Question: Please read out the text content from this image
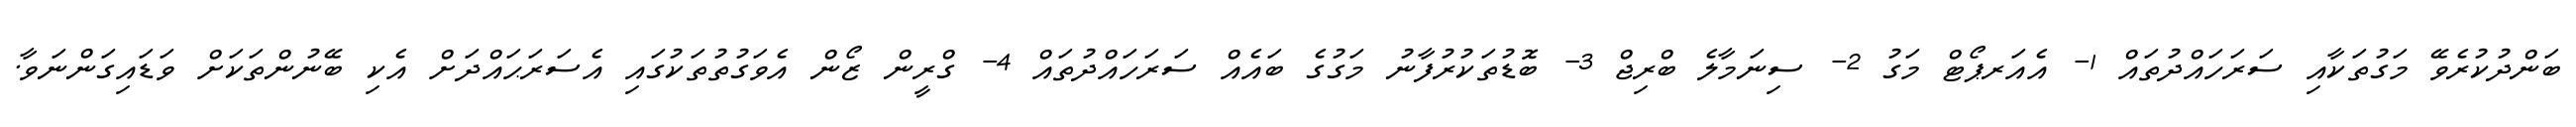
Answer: ބަންދުކުރެވޭ މަގުތަކާއި ސަރަހައްދުތައް 1- އެއަރޕޯޓް މަގު 2- ސިނަމާލެ ބްރިޖް 3- ބޮޑުތަކުރުފާނު މަގުގެ ބައެއް ސަރަހައްދުތައް 4- ގްރީން ޒޯން އެވަގުތުތަކުގައި އެސަރަޙައްދަށް އެކި ބޭނުންތަކަށް ވަޑައިގަންނަވާ.